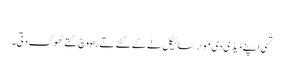
‏
تُسی اپنے ڈیڈی دی موٹر سائیکل لے کے گئے تے راہ وچ کِتے ٹھوک دِتی۔